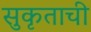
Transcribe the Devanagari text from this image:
सुकृताची